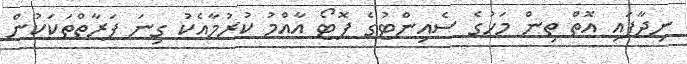
ނިދާފައި އޮތް ތިން މަހުގެ ސެއިންޓުގެ ފޮޓޯ އާއްމު ކުރުމާއެކު ގިނަ ފަރާތްތަކަކުން